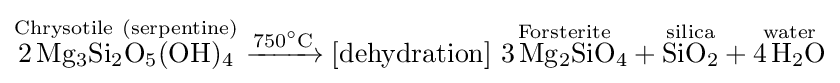
{{\overset {\mathrm {Chrysotile} \ (\mathrm {serpentine} )}{2\,\mathrm {Mg} {\vphantom {A}}_{\smash[{t}]{3}}\mathrm {Si} {\vphantom {A}}_{\smash[{t}]{2}}\mathrm {O} {\vphantom {A}}_{\smash[{t}]{5}}(\mathrm {OH} ){\vphantom {A}}_{\smash[{t}]{4}}}}{}\mathrel {\xrightarrow {750{\vphantom {A}}^{\circ }\mathrm {C} } } {}[{\text{dehydration}}]~{\overset {\mathrm {Forsterite} }{3\,\mathrm {Mg} {\vphantom {A}}_{\smash[{t}]{2}}\mathrm {SiO} {\vphantom {A}}_{\smash[{t}]{4}}}}{}+{}{\overset {\mathrm {silica} }{\mathrm {SiO} {\vphantom {A}}_{\smash[{t}]{2}}}}{}+{}{\overset {\mathrm {water} }{4\,\mathrm {H} {\vphantom {A}}_{\smash[{t}]{2}}\mathrm {O} }}}